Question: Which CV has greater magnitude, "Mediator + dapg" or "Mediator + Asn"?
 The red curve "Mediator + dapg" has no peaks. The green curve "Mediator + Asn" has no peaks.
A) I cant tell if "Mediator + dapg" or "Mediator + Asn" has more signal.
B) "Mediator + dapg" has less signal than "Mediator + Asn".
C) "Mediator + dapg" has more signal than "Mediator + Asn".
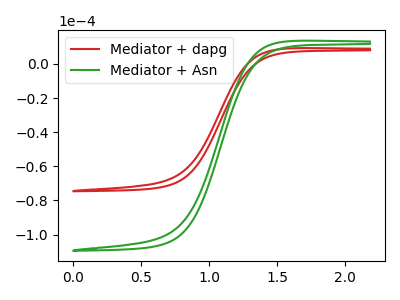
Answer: <think>Neither "Mediator + dapg" or "Mediator + Asn" have any peaks.
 </think>
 <answer>A) I cant tell if "Mediator + dapg" or "Mediator + Asn" has more signal.</answer>
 <eval>A</eval>